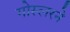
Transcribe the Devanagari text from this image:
गोस्लरने